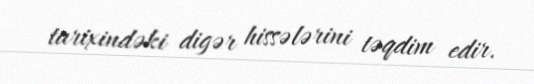
tarixindəki digər hissələrini təqdim edir.